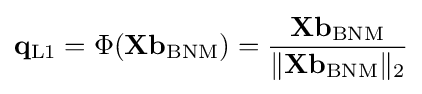
{\begin{aligned}\mathbf {q} _{\text{L1}}=\Phi (\mathbf {X} \mathbf {b} _{\text{BNM}})={\frac {\mathbf {X} \mathbf {b} _{\text{BNM}}}{\|\mathbf {X} \mathbf {b} _{\text{BNM}}\|_{2}}}\end{aligned}}